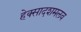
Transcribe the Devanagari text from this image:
हेक्सादशमलव